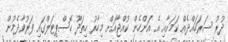
ދުރު ސަރަހައްދެއް ކަމަށާއި އެ އަންހެން ކުއްޖާއަށް މިހާރު ހިތަދޫ ހޮސްޕިޓަލްގައި ފަރުވާދެމުން